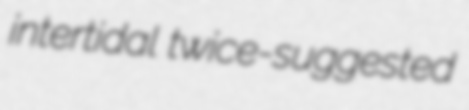
intertidal twice-suggested